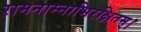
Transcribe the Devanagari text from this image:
रामनाम्नाभिरक्षितम्‌।